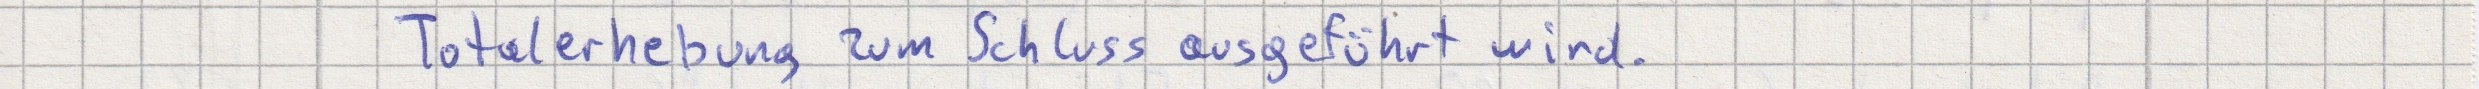
Totalerhebung zum Schluss ausgeführt wird.